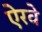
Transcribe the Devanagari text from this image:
ऐरवे